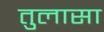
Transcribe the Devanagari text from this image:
तुलासा